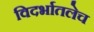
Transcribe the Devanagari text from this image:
विदर्भातलेच